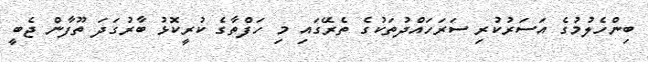
ބިންހެލުމުގެ އަސަރުކުރި ސަރަހައްދުތަކުގެ ތެރޭގައި މި ހަފްތާގެ ކުރީކޮޅު ބާރުގަދަ ތޫފާން ޖެބީ